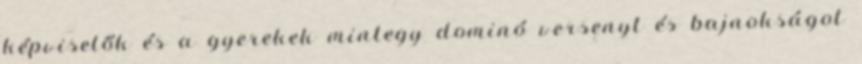
képviselők és a gyerekek mintegy dominó versenyt és bajnokságot